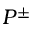
P ^ { \pm }